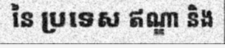
នៃ ប្រទេស ឥណ្ឌា និង